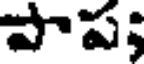
పాప;